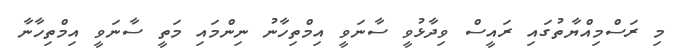
މި ރަސްމިއްޔާތުގައި ރައީސް ވިދާޅުވީ ސާނަވީ އިމްތިހާނު ނިންމައި މަތީ ސާނަވީ އިމްތިހާނާ